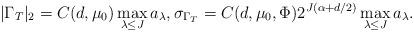
LaTeX: \begin{align*}|\Gamma_T|_2 = C(d,\mu_0) \max_{\lambda \le J} a_\lambda, \sigma_{\Gamma_T} = C(d,\mu_0,\Phi) 2^{J(\alpha+d/2)} \max_{\lambda \le J} a_\lambda.\end{align*}